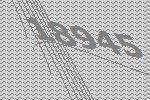
18945